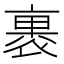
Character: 裹